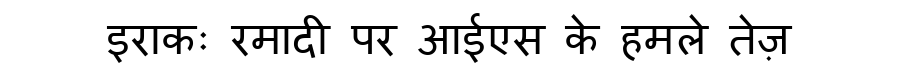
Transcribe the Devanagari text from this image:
इराकः रमादी पर आईएस के हमले तेज़